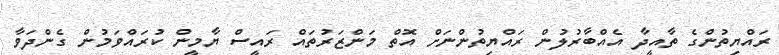
ރައްޔިތުންގެ ތާއީދާ އެއްބާރުލުން ރައްޔިތުންނަށް އޮތް މަންޒަރުތައް ރައީސް ޔާމީން ކުރައްވަމުން ގެންދަވާ